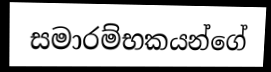
සමාරම්භකයන්ගේ